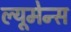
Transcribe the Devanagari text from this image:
ल्यूमेन्स